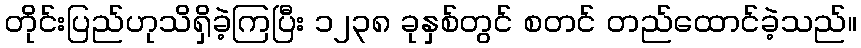
တိုင်းပြည်ဟုသိရှိခဲ့ကြပြီး ၁၂၃၈ ခုနှစ်တွင် စတင် တည်ထောင်ခဲ့သည်။